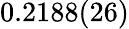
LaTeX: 0.2188(26)